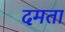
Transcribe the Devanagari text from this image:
दमता